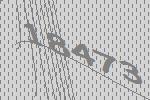
18473